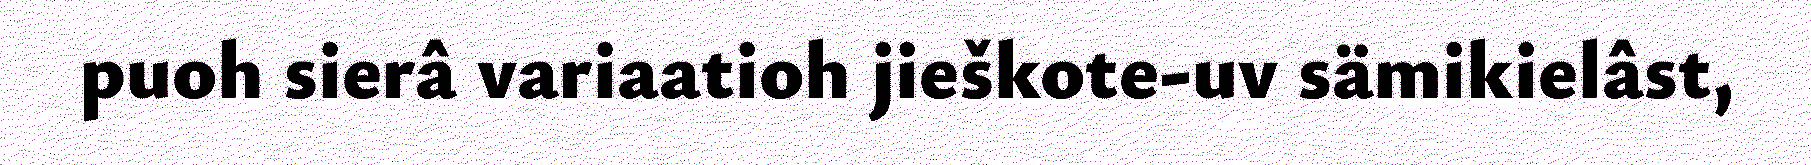
puoh sierâ variaatioh jieškote-uv sämikielâst,